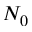
N _ { 0 }